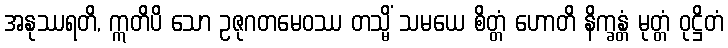
အနုဿရတိ, ဣတိပိ သော ဥဇုဂတမေဝဿ တသ္မိံ သမယေ စိတ္တံ ဟောတိ နိက္ခန္တံ မုတ္တံ ဝုဋ္ဌိတံ